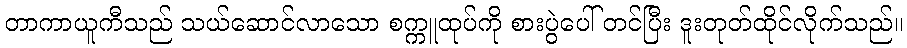
တာကာယူကီသည် သယ်ဆောင်လာသော စက္ကူထုပ်ကို စားပွဲပေါ် တင်ပြီး ဒူးတုတ်ထိုင်လိုက်သည်။